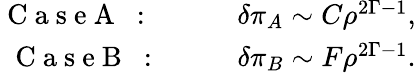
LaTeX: \begin{array}{rlr}{\mathrm{~C~a~s~e~A~}\mathrm{~:~\ \ \ }}&{{}}&{\delta\pi_{A}\sim C\rho^{2\Gamma-1},}\\ {\mathrm{~C~a~s~e~B~}\mathrm{~:~\ \ }}&{{}}&{\delta\pi_{B}\sim F\rho^{2\Gamma-1}.}\end{array}